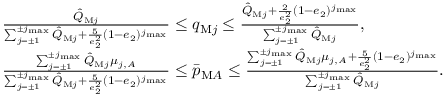
\begin{array} { r l } & { \frac { \hat { Q } _ { \mathrm { M } j } } { \sum _ { j = \pm 1 } ^ { \pm j _ { \operatorname* { m a x } } } \hat { Q } _ { \mathrm { M } j } + \frac { 5 } { e _ { 2 } ^ { 2 } } ( 1 - e _ { 2 } ) ^ { j _ { \operatorname* { m a x } } } } \le q _ { \mathrm { M } j } \le \frac { \hat { Q } _ { \mathrm { M } j } + \frac { 2 } { e _ { 2 } ^ { 2 } } ( 1 - e _ { 2 } ) ^ { j _ { \operatorname* { m a x } } } } { \sum _ { j = \pm 1 } ^ { \pm j _ { \operatorname* { m a x } } } \hat { Q } _ { \mathrm { M } j } } , } \\ & { \frac { \sum _ { j = \pm 1 } ^ { \pm j _ { \operatorname* { m a x } } } \hat { Q } _ { \mathrm { M } j } \mu _ { j , A } } { \sum _ { j = \pm 1 } ^ { \pm j _ { \operatorname* { m a x } } } \hat { Q } _ { \mathrm { M } j } + \frac { 5 } { e _ { 2 } ^ { 2 } } ( 1 - e _ { 2 } ) ^ { j _ { \operatorname* { m a x } } } } \le \bar { p } _ { \mathrm { M } A } \le \frac { \sum _ { j = \pm 1 } ^ { \pm j _ { \operatorname* { m a x } } } \hat { Q } _ { \mathrm { M } j } \mu _ { j , A } + \frac { 5 } { e _ { 2 } ^ { 2 } } ( 1 - e _ { 2 } ) ^ { j _ { \operatorname* { m a x } } } } { \sum _ { j = \pm 1 } ^ { \pm j _ { \operatorname* { m a x } } } \hat { Q } _ { \mathrm { M } j } } . } \end{array}